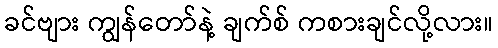
ခင်ဗျား ကျွန်တော်နဲ့ ချက်စ် ကစားချင်လို့လား။